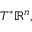
T ^ { * } \mathbb { R } ^ { n } ,